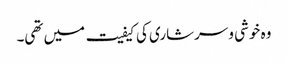
وہ خوشی و سرشاری کی کیفیت میں تھی۔